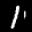
Label: 1